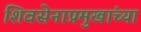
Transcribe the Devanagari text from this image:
शिवसेनाप्रमुखांच्या